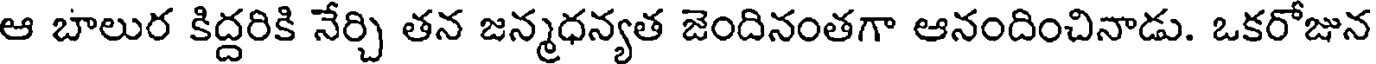
ఆ బాలుర కిద్దరికి నేర్చి తన జన్మధన్యత జెందినంతగా ఆనందించినాడు. ఒకరోజున